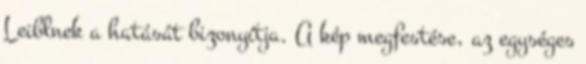
Leiblnek a hatását bizonyítja. A kép megfestése, az egységes